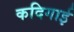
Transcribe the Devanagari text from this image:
कदिगाई